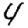
Digit: 4